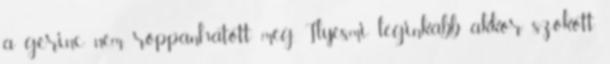
a gerinc nem roppanhatott meg. Ilyesmi leginkább akkor szokott